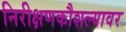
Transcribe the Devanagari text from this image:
निरीक्षणकौशल्यावर